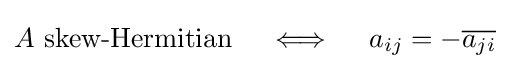
A{\text{ skew-Hermitian}}\quad \iff \quad a_{ij}=-{\overline {a_{ji}}}